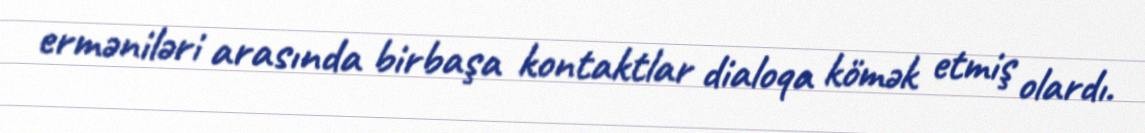
erməniləri arasında birbaşa kontaktlar dialoqa kömək etmiş olardı.